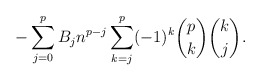
\begin{align*}-\sum_{j=0}^{p} B_j n^{p-j} \sum_{k=j}^p (-1)^k \binom{p}{k} \binom{k}{j}.\end{align*}